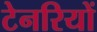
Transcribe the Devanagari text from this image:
टेनरियों